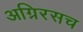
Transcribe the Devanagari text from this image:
अग्निरसच